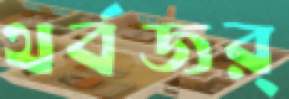
থর্বজর্